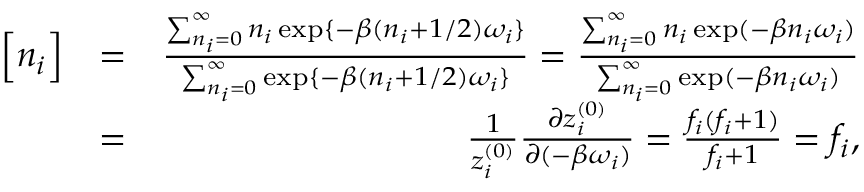
\begin{array} { r l r } { \Big [ { n _ { i } } \Big ] } & { = } & { \frac { \sum _ { n _ { i } = 0 } ^ { \infty } n _ { i } \exp \{ - \beta ( n _ { i } + 1 / 2 ) \omega _ { i } \} } { \sum _ { n _ { i } = 0 } ^ { \infty } \exp \{ - \beta ( n _ { i } + 1 / 2 ) \omega _ { i } \} } = \frac { \sum _ { n _ { i } = 0 } ^ { \infty } n _ { i } \exp ( - \beta n _ { i } \omega _ { i } ) } { \sum _ { n _ { i } = 0 } ^ { \infty } \exp ( - \beta n _ { i } \omega _ { i } ) } } \\ & { = } & { \frac { 1 } { z _ { i } ^ { ( 0 ) } } \frac { \partial z _ { i } ^ { ( 0 ) } } { \partial ( - \beta \omega _ { i } ) } = \frac { f _ { i } ( f _ { i } + 1 ) } { f _ { i } + 1 } = f _ { i } , } \end{array}